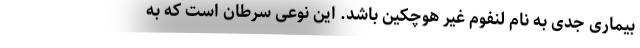
بیماری جدی به نام لنفوم غیر هوچکین باشد. این نوعی سرطان است که به